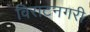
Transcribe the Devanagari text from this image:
विराटनगरी